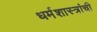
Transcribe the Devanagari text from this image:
धर्मशास्त्रांची